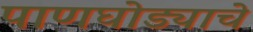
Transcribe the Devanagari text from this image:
पाणघोड्याचे